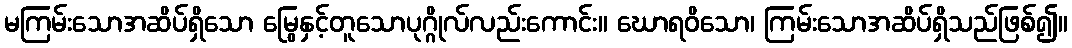
မကြမ်းသောအဆိပ်ရှိသော မြွေနှင့်တူသောပုဂ္ဂိုလ်လည်းကောင်း။ ဃောရဝိသော၊ ကြမ်းသောအဆိပ်ရှိသည်ဖြစ်၍။